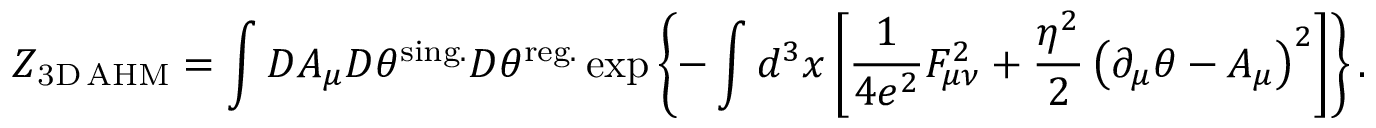
{ \cal Z } _ { \mathrm { 3 D { \, } A H M } } = \int D A _ { \mu } D \theta ^ { \mathrm { s i n g . } } D \theta ^ { \mathrm { r e g . } } \exp \left\{ - \int d ^ { 3 } x \left[ \frac { 1 } { 4 e ^ { 2 } } { \cal F } _ { \mu \nu } ^ { 2 } + \frac { \eta ^ { 2 } } { 2 } \left( \partial _ { \mu } \theta - A _ { \mu } \right) ^ { 2 } \right] \right\} .